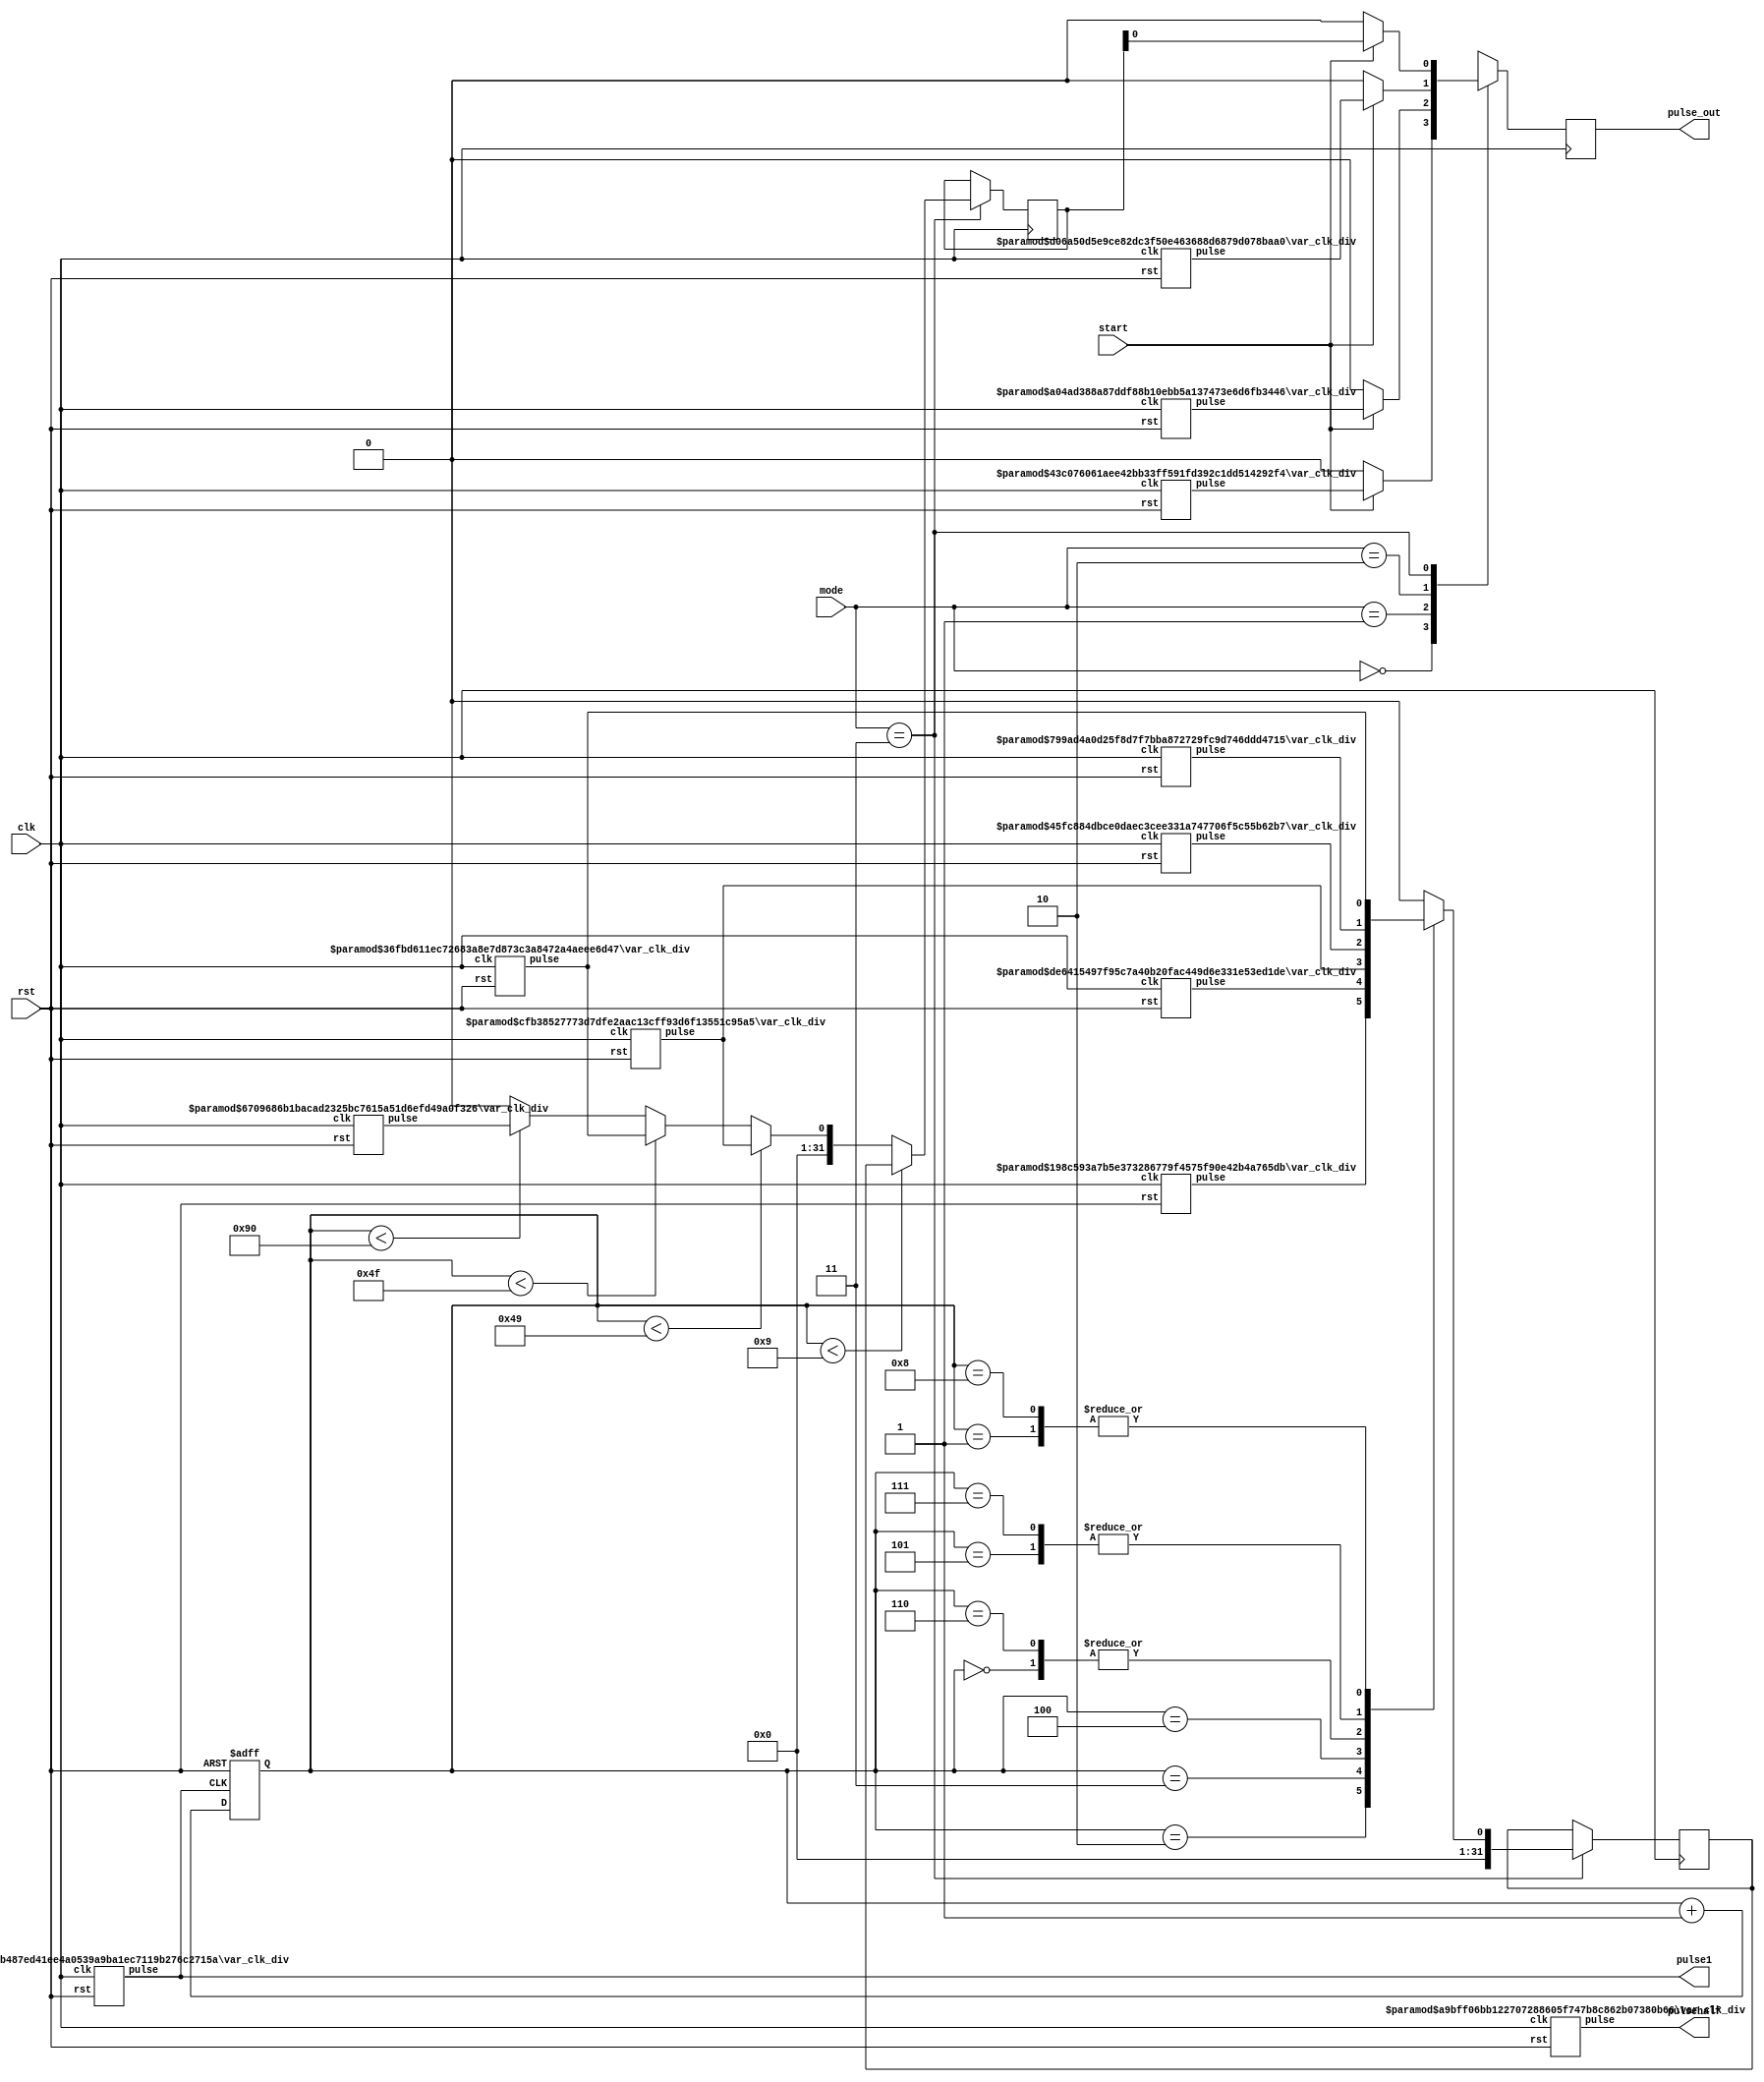
module pulse_gen_clk_div(clk,rst,start,mode, pulse_out, pulse1, pulsehalf); 
input clk, rst, start; 
input [1:0] mode; 
output reg pulse_out; 
output pulse1, pulsehalf; 

reg [31:0] hybrid;  
reg [31:0] hybrid_cnt; 
reg [31:0] hybrid_loop; 

 
//outputs for all modules 
var_clk_div #(64'd50000000) var_clk_div_1(rst, clk,  pulse1); //1hz
var_clk_div #(64'd100000000) var_clk_div_half(rst, clk, pulsehalf); //halfhz

//choices for mode 
var_clk_div #(64'd1562500) var_clk_div_32(rst, clk,  pulse32); //32hz
var_clk_div #(64'd781250) var_clk_div_64(rst, clk, pulse64); //64hz
var_clk_div #(64'd390625) var_clk_div_128(rst, clk, pulse128); //128hz

//need for hybrid signal 
var_clk_div #(64'd2500000) var_clk_div_20(rst, clk, pulse20); //20hz 
var_clk_div #(64'd1470588) var_clk_div_34(rst, clk, pulse34); //33 ~ 34hz 
var_clk_div #(64'd757575) var_clk_div_66(rst, clk, pulse66); //66hz
var_clk_div #(64'd1923076) var_clk_div_26(rst, clk, pulse26); //26hz
var_clk_div #(64'd714285) var_clk_div_70(rst, clk, pulse70); //70hz
var_clk_div #(64'd1666666) var_clk_div_30(rst, clk,  pulse30); //30hz
var_clk_div #(64'd403225) var_clk_div_124(rst, clk,  pulse124); //124hz

initial 
begin 
/*
hybrid_array[0] <= 64'd2500000; // 20hz 
hybrid_array[1] <= 64'd1470588; //33 ~ 34hz 
hybrid_array[2] <= 64'd757575; //66hz 
hybrid_array[3] <= 64'd1923076; //27 ~ 26hz 
hybrid_array[4] <= 64'd714285; //70hz
hybrid_array[5] <= 64'd1666666; //30hz 
hybrid_array[6] <= 64'd2500000; //19 ~ 20hz 
hybrid_array[7] <= 64'd1666666; //30hz  
hybrid_array[8] <= 64'd1470588; //33 ~ 34hz 
*/
hybrid <=0; 
hybrid_cnt <=0; 
hybrid_loop <= 0; 

end 


// choose output based on mode 
//INPUT mode 
//OUTPUT correct clk_var to varialbe clk generator 
always @(posedge clk)
begin 
case (mode)
	2'b00: begin if(start) pulse_out <= pulse32; else pulse_out <=0;  end //32hz 
	2'b01: begin if(start) pulse_out <= pulse64; else pulse_out <=0;  end  //64hz 
	2'b10: begin if(start) pulse_out <= pulse128; else pulse_out <=0;   end  //128hz  
	2'b11: begin 
			if(start) pulse_out <= hybrid;
		    else pulse_out <= 0; 
		   end 
endcase
end 

always @(posedge pulse1 or posedge rst)
begin 
if(rst) hybrid_cnt <= 0; 
else  hybrid_cnt <= hybrid_cnt + 1; 
end 

//hybrid generate 

always @(posedge clk)
begin 

if(mode == 2'b11)
begin 

if(hybrid_cnt < 9) begin hybrid <= hybrid_loop; end
else if(hybrid_cnt < 73) begin hybrid <= pulse70; end //70hz
else if(hybrid_cnt < 79) begin hybrid <= pulse34;  end //34hz 
else if(hybrid_cnt < 144) begin hybrid <= pulse124;  end //124hz 
else hybrid <= 0; //TODO if hyrbid == 0 don't output anything 

case(hybrid_cnt) 
0: hybrid_loop <= pulse20; 
1: hybrid_loop <= pulse34; 
2: hybrid_loop <= pulse66; 
3: hybrid_loop <= pulse26; 
4: hybrid_loop <= pulse70; 
5: hybrid_loop <= pulse30; 
6: hybrid_loop <= pulse20; 
7: hybrid_loop <= pulse30; 
8: hybrid_loop <= pulse34; 
default: hybrid_loop <= 0; 
endcase 

end 

end 



endmodule 



//varilabe clk generate
//INPUTclk_var 
//OUTPUT clk divided by (clk_var * 2) = pulse  

module var_clk_div(rst, clk, pulse);  
input wire rst, clk; 
output wire pulse; 

reg [31:0] r_reg; 
wire [31:0] r_nxt; 
reg clk_track; 
parameter clk_var = 0; 

assign r_nxt = r_reg+1;   	      
assign pulse = clk_track; 
 
always @(posedge clk)
begin
  if (rst)
     begin
        r_reg <= 0;
	    clk_track <= 1'b1; 
     end
 
  else if (r_nxt == clk_var)
 	   begin
	     r_reg <= 0;
	     clk_track <= ~clk_track;
	   end
 
  else 
      r_reg <= r_nxt;
end


endmodule